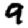
Digit: 9